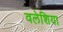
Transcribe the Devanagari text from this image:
वलेशिया